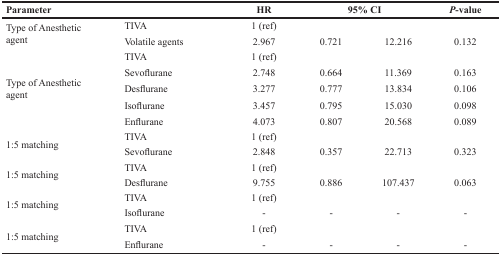
<table><thead><tr><td><b>Parameter</b></td><td></td><td><b>HR</b></td><td colspan="2"><b>95% CI</b></td><td><b><i>P</i>-value</b></td></tr></thead><tbody><tr><td rowspan="2">Type of Anesthetic agent</td><td>TIVA</td><td>1 (ref)</td><td></td><td></td><td></td></tr><tr><td>Volatile agents</td><td>2.967</td><td>0.721</td><td>12.216</td><td>0.132</td></tr><tr><td rowspan="5">Type of Anesthetic agent</td><td>TIVA</td><td>1 (ref)</td><td></td><td></td><td></td></tr><tr><td>Sevoflurane</td><td>2.748</td><td>0.664</td><td>11.369</td><td>0.163</td></tr><tr><td>Desflurane</td><td>3.277</td><td>0.777</td><td>13.834</td><td>0.106</td></tr><tr><td>Isoflurane</td><td>3.457</td><td>0.795</td><td>15.030</td><td>0.098</td></tr><tr><td>Enflurane</td><td>4.073</td><td>0.807</td><td>20.568</td><td>0.089</td></tr><tr><td rowspan="2">1:5 matching</td><td>TIVA</td><td>1 (ref)</td><td></td><td></td><td></td></tr><tr><td>Sevoflurane</td><td>2.848</td><td>0.357</td><td>22.713</td><td>0.323</td></tr><tr><td rowspan="2">1:5 matching</td><td>TIVA</td><td>1 (ref)</td><td></td><td></td><td></td></tr><tr><td>Desflurane</td><td>9.755</td><td>0.886</td><td>107.437</td><td>0.063</td></tr><tr><td rowspan="2">1:5 matching</td><td>TIVA</td><td>1 (ref)</td><td></td><td></td><td></td></tr><tr><td>Isoflurane</td><td>-</td><td>-</td><td>-</td><td>-</td></tr><tr><td rowspan="2">1:5 matching</td><td>TIVA</td><td>1 (ref)</td><td></td><td></td><td></td></tr><tr><td>Enflurane</td><td>-</td><td>-</td><td>-</td><td>-</td></tr></tbody></table>